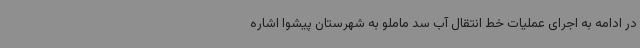
در ادامه به اجرای عملیات خط انتقال آب سد ماملو به شهرستان پیشوا اشاره